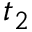
t _ { 2 }